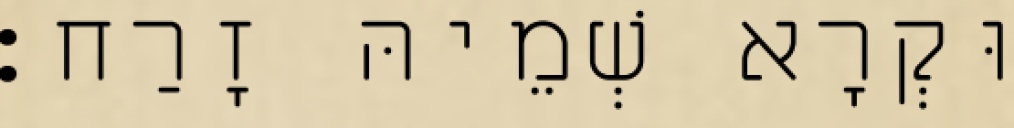
וּקְרָא שְׁמֵיהּ זָרַח׃